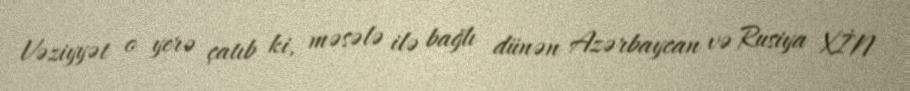
Vəziyyət o yerə çatıb ki, məsələ ilə bağlı dünən Azərbaycan və Rusiya XİN